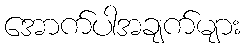
အောက်ပါအချက်များ